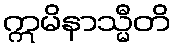
ဣမိနာသ္မီတိ